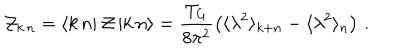
LaTeX: { \cal Z } _ { k \, n } = \langle k \, n | \, { \cal Z } \, | k \, n \rangle = \frac { T _ { G } } { 8 \pi ^ { 2 } } \left( \langle \lambda ^ { 2 } \rangle _ { k + n } - \langle \lambda ^ { 2 } \rangle _ { n } \right) \, .